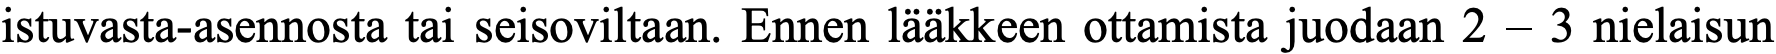
istuvasta-asennosta tai seisoviltaan. Ennen lääkkeen ottamista juodaan 2 – 3 nielaisun